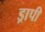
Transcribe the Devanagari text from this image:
ड्रापी